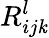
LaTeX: R_{ij\mathit{k}}^{l}